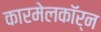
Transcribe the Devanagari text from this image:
कारमेलकॉर्न